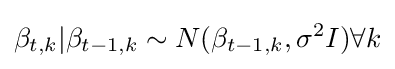
\beta _{t,k}|\beta _{t-1,k}\sim N(\beta _{t-1,k},\sigma ^{2}I)\forall k